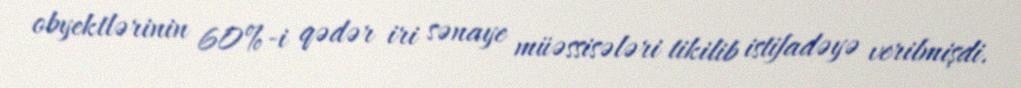
obyektlərinin 60%-i qədər iri sənaye müəssisələri tikilib istifadəyə verilmişdi.